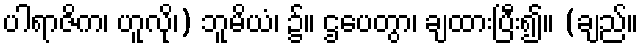
ပါရာဇိက၊ ဟူလို၊) ဘူမိယံ၊ ၌။ ဌပေတွာ၊ ချထားပြီး၍။ (ချည်။